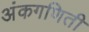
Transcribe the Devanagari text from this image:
अंकगणिती